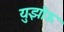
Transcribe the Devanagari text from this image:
युझोऊ